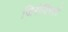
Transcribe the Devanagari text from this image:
जिरोदिस्तों